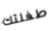
طفلتك